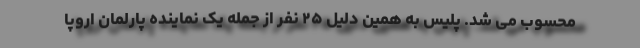
محسوب می شد. پلیس به همین دلیل ۲۵ نفر از جمله یک نماینده پارلمان اروپا